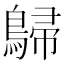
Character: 𪂋